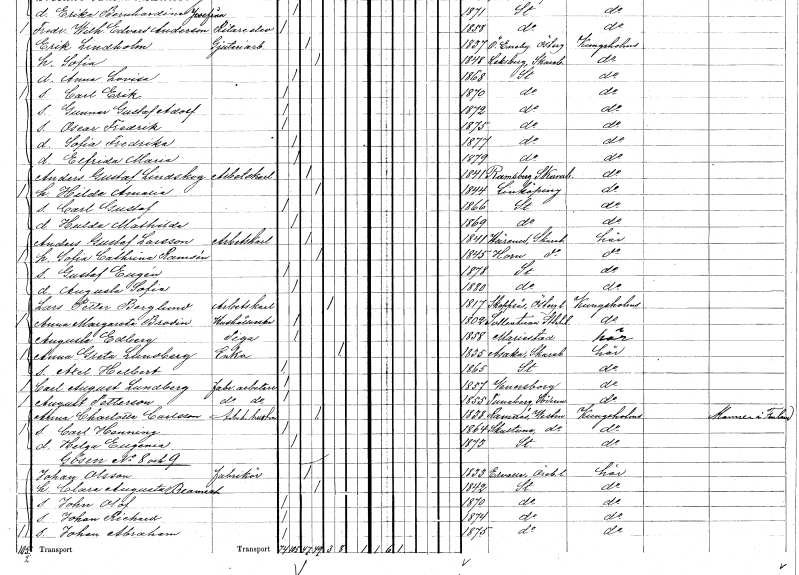
gt_parse: households: individuals: FN: Carl Gustaf
KON: M
CIV: O
FODAR: 1866
FODFORS: Stockholm
FN: Hulda Mathilda
KON: K
CIV: O
FODAR: 1869
FODFORS: Stockholm
FN: Anders Gustaf
EN: Larsson
YRKE: Arbetskarl
KON: M
CIV: G
FODAR: 1841
FODFORS: Härene Skaraborgs län
FN: Sofia Cathrina
EN: Ramsén
KON: K
CIV: G
FODAR: 1845
FODFORS: Horn Skaraborgs län
FN: Gustaf Eugén
KON: M
CIV: O
FODAR: 1878
FODFORS: Stockholm
FN: Augusta Sofia
KON: K
CIV: O
FODAR: 1880
FODFORS: Stockholm
FN: Lars Petter
EN: Berglund
YRKE: Arbetskarl
KON: M
CIV: E
FODAR: 1817
FODFORS: Skeppsås Östergötlands län
FN: Anna Margareta
EN: Brodin
YRKE: Hushållerska
KON: K
CIV: O
FODAR: 1802
FODFORS: Sollentuna Stockholms län
FN: Augusta
EN: Edberg
YRKE: Piga
KON: K
CIV: O
FODAR: 1858
FODFORS: Mariestad Skaraborgs län
FN: Anna Greta
EN: Lundberg
YRKE: Änka
KON: K
CIV: E
FODAR: 1835
FODFORS: Åsaka Skaraborgs län
FN: Axel Helbert
KON: M
CIV: O
FODAR: 1865
FODFORS: Stockholm
FN: Carl August
EN: Lundberg
YRKE: Fabriksarbetare
KON: M
CIV: O
FODAR: 1857
FODFORS: Vänersborg Älvsborgs län
FN: August
EN: Petterson
YRKE: Fabriksarbetare
KON: M
CIV: O
FODAR: 1855
FODFORS: Tunaberg Södermanlands län
FN: Anna Charlotta
EN: Carlsson
YRKE: Arbetarehustru
KON: K
CIV: G
FODAR: 1838
FODFORS: Ramnäs Västmanlands län
FN: Carl Henning
KON: M
CIV: O
FODAR: 1864
FODFORS: Skultuna Västmanlands län
FN: Helga Eugenia
KON: K
CIV: O
FODAR: 1873
FODFORS: Stockholm
FN: Johan
EN: Olsson
YRKE: Fabrikör
KON: M
CIV: G
FODAR: 1833
FODFORS: Ervalla Örebro län
FN: Clara Augusta
EN: Bramisch??
KON: K
CIV: G
FODAR: 1842
FODFORS: Stockholm
FN: John Olof
KON: M
CIV: O
FODAR: 1870
FODFORS: Stockholm
FN: Johan Richard
KON: M
CIV: O
FODAR: 1874
FODFORS: Stockholm
FN: Johan Abraham
KON: M
CIV: O
FODAR: 1875
FODFORS: Stockholm